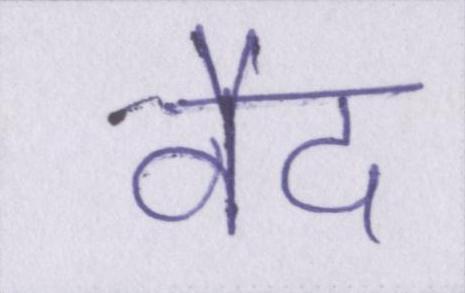
वैद